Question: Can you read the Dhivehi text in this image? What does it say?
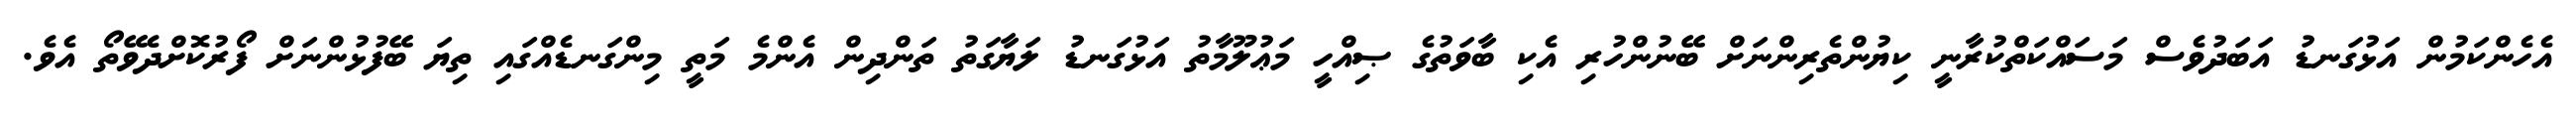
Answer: އެހެންކަމުން އަޅުގަނޑު އަބަދުވެސް މަސައްކަތްކުރާނީ ކިޔުންތެރިންނަށް ބޭނުންހުރި އެކި ބާވަތުގެ ޞިއްހީ މަޢުލޫމާތު އަޅުގަނޑު ލަޔާގަތު ތަންދިން އެންމެ މަތީ މިންގަނޑެއްގައި ތިޔަ ބޭފުޅުންނަށް ފޯރުކޮށްދެވޭތޯ އެވެ.